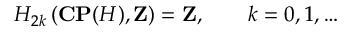
H _ { 2 k } \left( { \bf C P } ( { \cal H } ) , { \bf Z } \right) = { \bf Z } , \qquad k = 0 , 1 , \ldots